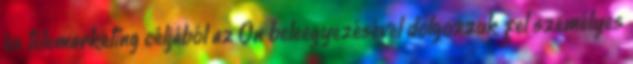
és telemarketing céljából az Ön beleegyezésével dolgozzuk fel személyes